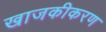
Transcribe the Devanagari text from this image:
खाजकीकरण